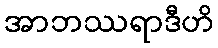
အာဘဿရာဒီဟိ